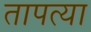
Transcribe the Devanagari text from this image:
तापत्या